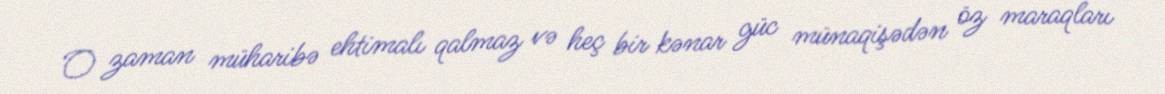
O zaman müharibə ehtimalı qalmaz və heç bir kənar güc münaqişədən öz maraqları